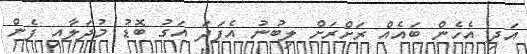
އަދި އެހެން ބައެއް ރަށްރަށް ލިބުނު އެފަދަ އަގު ބޮޑު މުދަލާއި ފެން